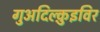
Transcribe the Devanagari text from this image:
गुअदिल्क़ुइविर